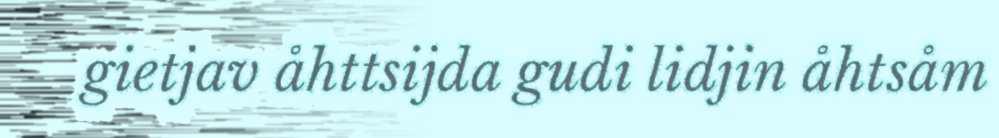
gietjav åhttsijda gudi lidjin åhtsåm